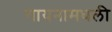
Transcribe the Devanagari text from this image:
गायनामधली